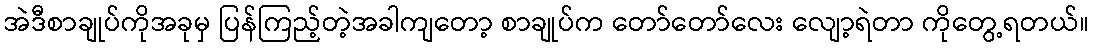
အဲဒီစာချုပ်ကိုအခုမှ ပြန်ကြည့်တဲ့အခါကျတော့ စာချုပ်က တော်တော်လေး လျော့ရဲတာ ကိုတွေ့ရတယ်။